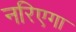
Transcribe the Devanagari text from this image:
नरिएगा